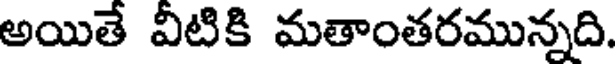
అయితే వీటికి మతాంతరమున్నది.